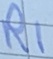
Text: R1